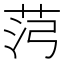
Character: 𰰸